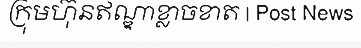
ក្រុមហ៊ុនឥណ្ឌាខ្លាចខាត | Post News